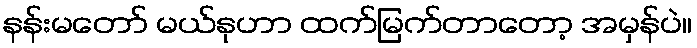
နန်းမတော် မယ်နုဟာ ထက်မြက်တာတော့ အမှန်ပဲ။